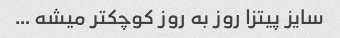
سایز پیتزا روز به روز کوچکتر میشه …